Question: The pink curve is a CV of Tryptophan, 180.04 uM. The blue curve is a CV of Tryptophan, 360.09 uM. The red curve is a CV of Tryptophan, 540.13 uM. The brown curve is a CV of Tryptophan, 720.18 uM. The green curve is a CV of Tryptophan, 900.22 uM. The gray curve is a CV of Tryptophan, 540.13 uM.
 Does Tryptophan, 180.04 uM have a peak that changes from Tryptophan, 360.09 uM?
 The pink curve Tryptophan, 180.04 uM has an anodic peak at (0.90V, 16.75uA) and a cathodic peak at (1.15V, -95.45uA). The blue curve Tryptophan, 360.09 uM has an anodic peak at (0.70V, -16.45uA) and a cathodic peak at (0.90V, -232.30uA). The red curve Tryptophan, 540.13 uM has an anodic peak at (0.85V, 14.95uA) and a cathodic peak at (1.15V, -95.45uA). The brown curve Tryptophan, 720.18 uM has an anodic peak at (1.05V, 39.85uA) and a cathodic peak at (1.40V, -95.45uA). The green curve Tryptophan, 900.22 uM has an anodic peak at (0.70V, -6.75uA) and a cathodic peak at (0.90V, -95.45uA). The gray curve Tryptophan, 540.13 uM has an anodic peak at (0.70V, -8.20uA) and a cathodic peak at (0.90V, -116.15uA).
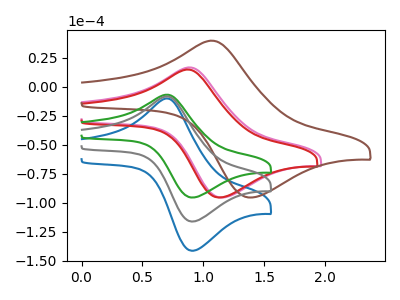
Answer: <think>"Tryptophan, 180.04 uM" and "Tryptophan, 360.09 uM" have at least one peak that do not match.
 </think>
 <answer>Yes, "Tryptophan, 180.04 uM" and "Tryptophan, 360.09 uM" are different in shape.</answer>
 <eval>yes_change</eval>